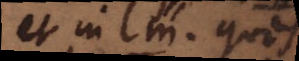
et in lm quos